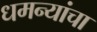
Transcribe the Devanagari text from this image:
धमन्यांचा